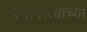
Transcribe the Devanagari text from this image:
स्थापत्त्याच्या